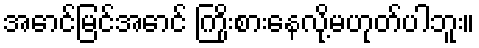
အောင်မြင်အောင် ကြိုးစားနေလို့မဟုတ်ပါဘူး။